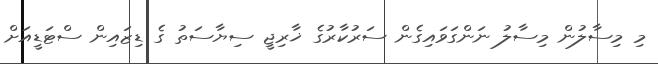
މި މިސާލުން މިސާލު ނަންގަވައިގެން ސަރުކާރުގެ ޚާރިޖީ ސިޔާސަތު ގެ ޑިޒައިން ސްޓަޑީއަށް